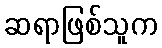
ဆရာဖြစ်သူက